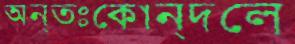
অন্তঃকোন্দলে